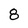
Character: 8